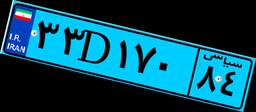
۰۹D۲۲۴۰۹